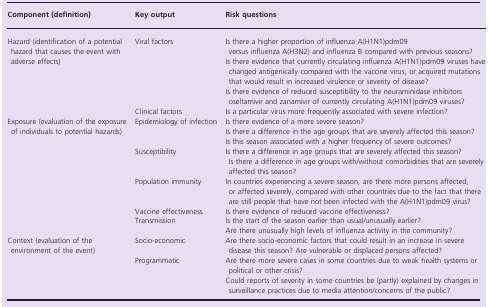
<table><thead><tr><td><b>Component (definition)</b></td><td><b>Key output</b></td><td><b>Risk questions</b></td></tr></thead><tbody><tr><td rowspan="4">Hazard (identification of a potential hazard that causes the event with adverse effects)</td><td rowspan="3">Viral factors</td><td>Is there a higher proportion of influenza A(H1N1)pdm09 versus influenza A(H3N2) and influenza B compared with previous seasons?</td></tr><tr><td>Is there evidence that currently circulating influenza A(H1N1)pdm09 viruses have changed antigenically compared with the vaccine virus, or acquired mutations that would result in increased virulence or severity of disease?</td></tr><tr><td>Is there evidence of reduced susceptibility to the neuraminidase inhibitors oseltamivir and zanamivir of currently circulating A(H1N1)pdm09 viruses?</td></tr><tr><td>Clinical factors</td><td>Is a particular virus more frequently associated with severe infection?</td></tr><tr><td rowspan="8">Exposure (evaluation of the exposure of individuals to potential hazards)</td><td rowspan="3">Epidemiology of infection</td><td>Is there evidence of a more severe season?</td></tr><tr><td>Is there a difference in the age groups that are severely affected this season?</td></tr><tr><td>Is this season associated with a higher frequency of severe outcomes?</td></tr><tr><td>Susceptibility</td><td>Is there a difference in age groups that are severely affected this season? Is there a difference in age groups with/without comorbidities that are severely affected this season?</td></tr><tr><td>Population immunity</td><td>In countries experiencing a severe season, are there more persons affected, or affected severely, compared with other countries due to the fact that there are still people that have not been infected with the A(H1N1)pdm09 virus?</td></tr><tr><td>Vaccine effectiveness</td><td>Is there evidence of reduced vaccine effectiveness?</td></tr><tr><td>Transmission</td><td>Is the start of the season earlier than usual/unusually earlier?</td></tr><tr><td></td><td>Are there unusually high levels of influenza activity in the community?</td></tr><tr><td rowspan="3">Context (evaluation of the environment of the event)</td><td>Socio‐economic</td><td>Are there socio‐economic factors that could result in an increase in severe disease this season? Are vulnerable or displaced persons affected?</td></tr><tr><td rowspan="2">Programmatic</td><td>Are there more severe cases in some countries due to weak health systems or political or other crisis?</td></tr><tr><td>Could reports of severity in some countries be (partly) explained by changes in surveillance practices due to media attention/concerns of the public?</td></tr></tbody></table>